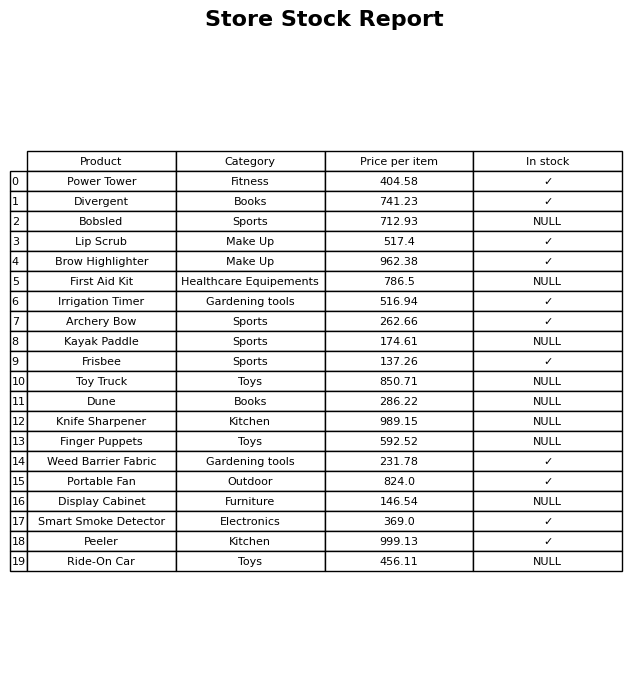
question: Which products are currently out of stock?
answer: Bobsled, First Aid Kit, Kayak Paddle, Toy Truck, Dune, Knife Sharpener, Finger Puppets, Display Cabinet, Ride-On Car